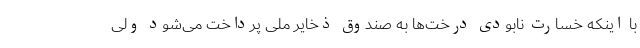
با اینکه خسارت نابودی درخت‌ها به صندوق ذخایر ملی پرداخت می‌شود ولی